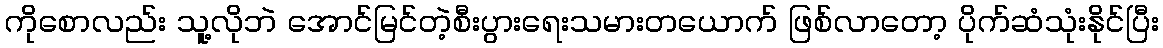
ကိုစောလည်း သူ့လိုဘဲ အောင်မြင်တဲ့စီးပွားရေးသမားတယောက် ဖြစ်လာတော့ ပိုက်ဆံသုံးနိုင်ပြီး